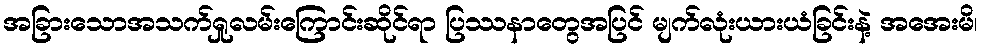
အခြားသောအသက်ရှုလမ်းကြောင်းဆိုင်ရာ ပြဿနာတွေအပြင် မျက်လုံးယားယံခြင်းနဲ့ အအေးမိ၊